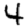
Digit: 4